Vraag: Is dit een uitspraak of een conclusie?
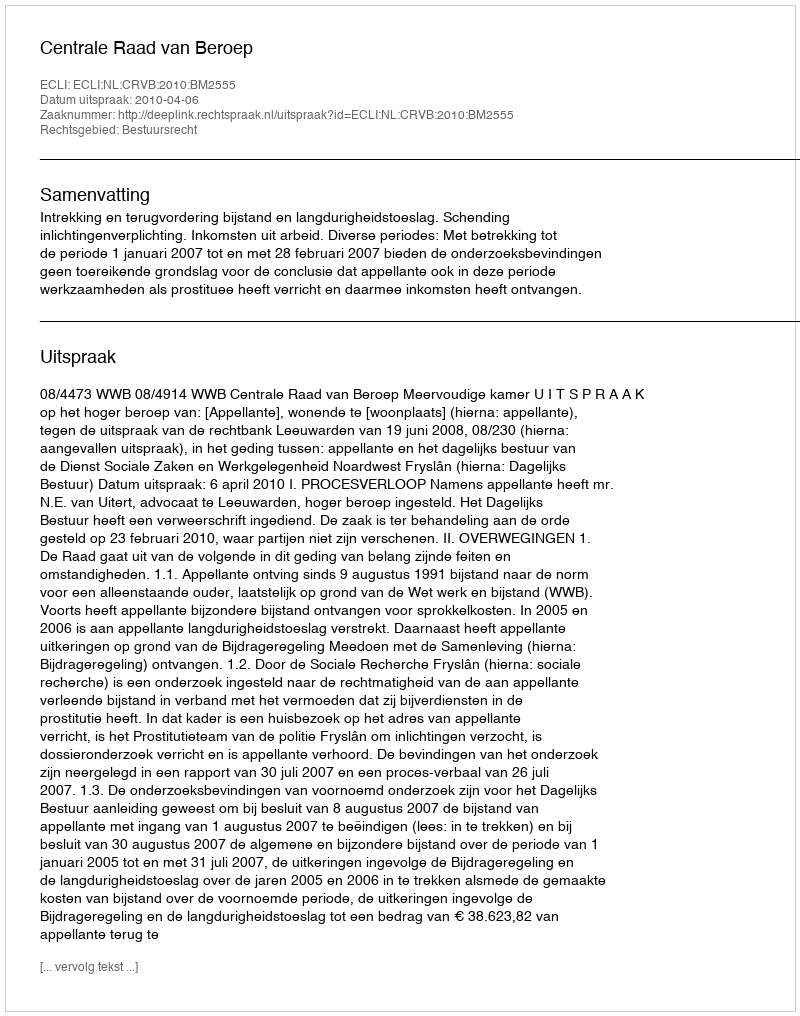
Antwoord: Uitspraak